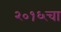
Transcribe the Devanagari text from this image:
२०१६चा